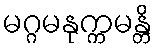
မဂ္ဂမနုက္ကမန္တိ